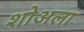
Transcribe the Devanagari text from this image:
शोअला